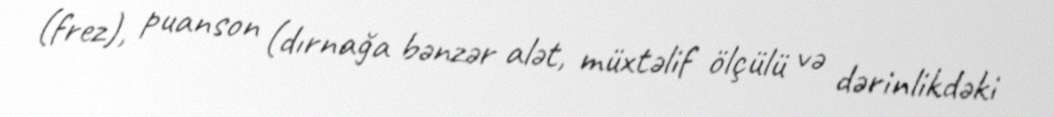
(frez), puanson (dırnağa bənzər alət, müxtəlif ölçülü və dərinlikdəki